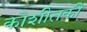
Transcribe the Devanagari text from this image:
कोशीतकी